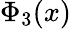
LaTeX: \Phi_{3}(x)